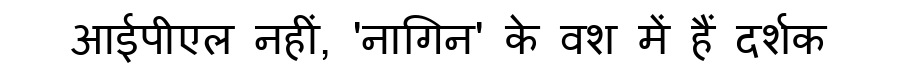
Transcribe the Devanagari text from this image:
आईपीएल नहीं, 'नागिन' के वश में हैं दर्शक